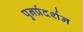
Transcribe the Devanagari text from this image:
पुनर्प्रदर्शन